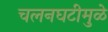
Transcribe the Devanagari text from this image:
चलनघटीमुळे